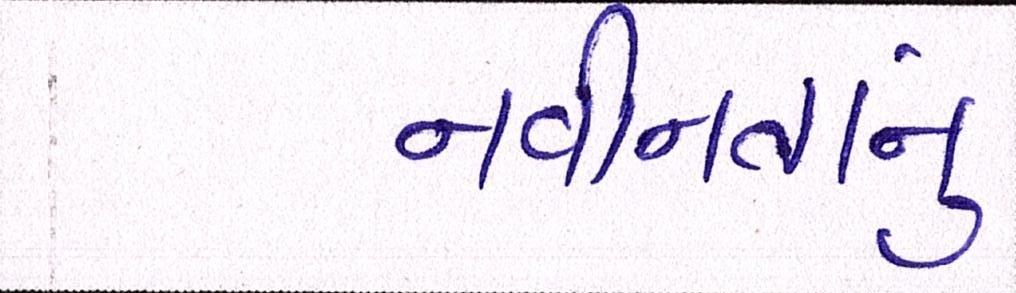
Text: નવીનતાનું